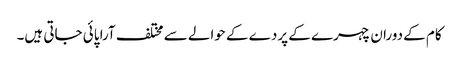
کام کے دوران چہرے کے پردے کے حوالے سے مختلف آرا پائی جاتی ہیں۔